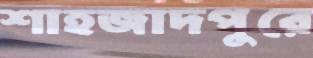
শাহজাদপুরে